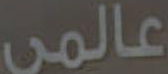
عالمي